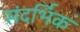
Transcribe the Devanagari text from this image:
संदर्भिक